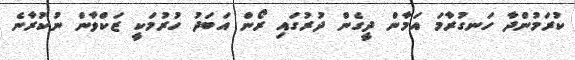
ކުރަމުންދާ ހަނގުރާމަ އަމާން ދީގެން ދުރުގައި ރޯން އަބަދު ހުރުމަކީ ޒަކްވާން ނުކުރާނެ